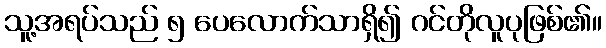
သူ့အရပ်သည် ၅ ပေလောက်သာရှိ၍ ဂင်တိုလူပုဖြစ်၏။